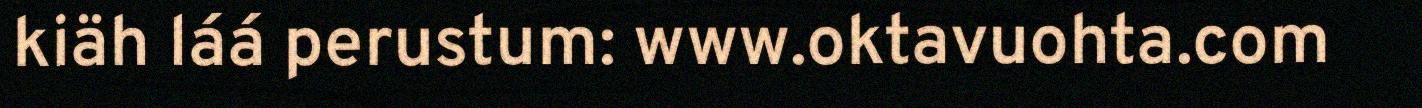
kiäh láá perustum: www.oktavuohta.com